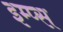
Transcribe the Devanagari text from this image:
इम्प्स